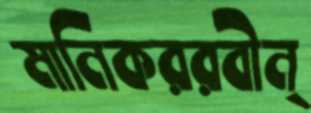
মানিকররবীন্